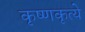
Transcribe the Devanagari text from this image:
कृष्णकृत्ये